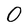
Character: 0